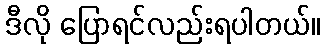
ဒီလို ပြောရင်လည်းရပါတယ်။